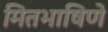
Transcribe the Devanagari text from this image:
मितभाषिणे